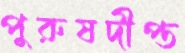
পুরুষদীপ্ত